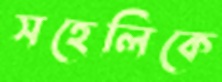
সহেলিকে